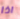
اذا